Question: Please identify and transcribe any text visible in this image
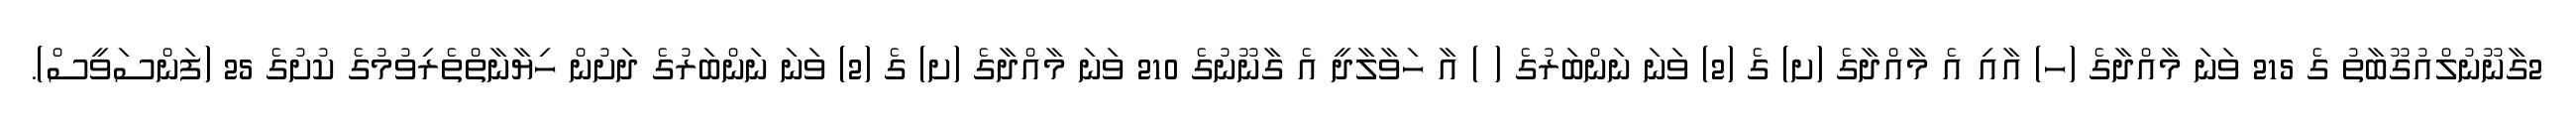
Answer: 2ގާނޫނުލްއުގޫބާތު ގެ 215 ވަނަ މާއްދާގެ (ހ) އާއި އެ މާއްދާގެ (ށ) ގެ (2) ވަނަ ނަންބަރުގެ ( ) އާ ހަވާލާދީ އެ ގާނޫނުގެ 210 ވަނަ މާއްދާގެ (ށ) ގެ (2) ވަނަ ނަންބަރުގެ ދަށުން ހިޔާނާތްތެރިވުމުގެ ކުށުގެ 25 (ފަންސަވީސް).